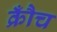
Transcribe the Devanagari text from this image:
क्रौँच